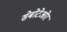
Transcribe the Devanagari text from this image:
सेबोटेओर